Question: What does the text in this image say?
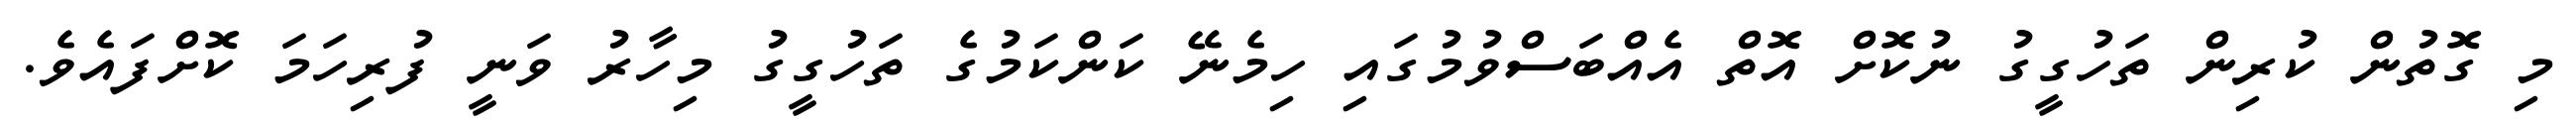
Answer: މި ގޮތުން ކުރިން ތަހުގީގު ނުކޮށް އޮތް އެއްބަސްވުމުގައި ހިމެނޭ ކަންކަމުގެ ތަހުގީގު މިހާރު ވަނީ ފުރިހަމަ ކޮށްފައެވެ.